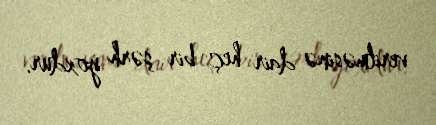
verilməsinə dair heç bir şərh yoxdur.